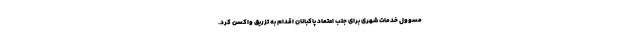
مسوول خدمات شهری برای جلب اعتماد پاکبانان اقدام به تزریق واکسن کرد.